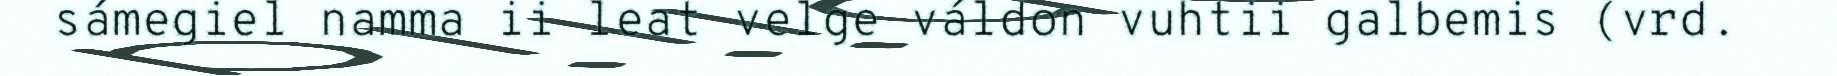
sámegiel namma ii leat velge váldon vuhtii galbemis (vrd.